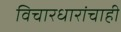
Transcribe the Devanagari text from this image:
विचारधारांचाही